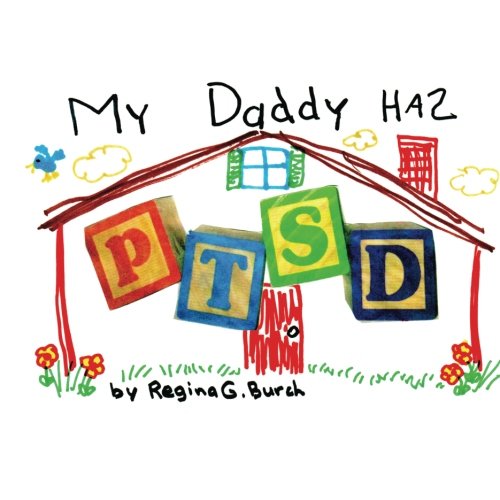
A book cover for My Daddy Has PTSD; Regina Griffin Burch; Parenting & Relationships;